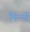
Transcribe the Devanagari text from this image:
मिन्न्तें